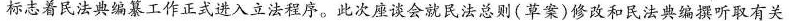
标志着民法典编纂工作正式进入立法程序。此次座谈会就民法总则(草案)修改和民法典编撰听取有关